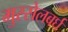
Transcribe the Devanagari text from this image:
मुस्सेलबर्घ